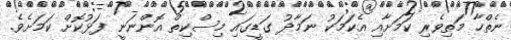
ނެތްހާ މަތިވެރި ކަމަށާއި އެކަމަކު ނަމާދު ގަޑީގައި މިސްކިތް އޮންނަނީ ފަޅުކޮށް ކަމަށެވެ.